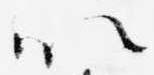
以